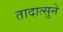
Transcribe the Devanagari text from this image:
तादात्सुने